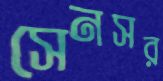
সেনসর